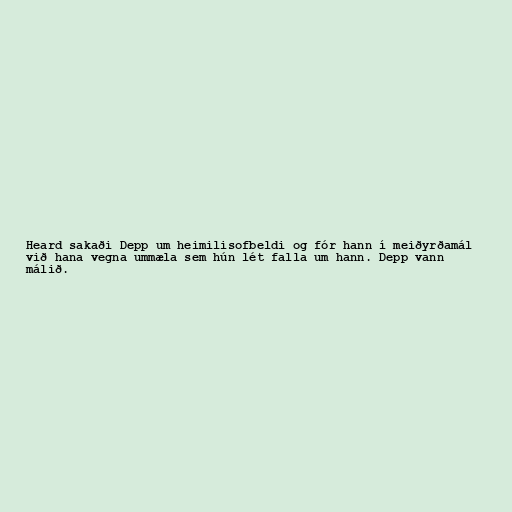
Heard sakaði Depp um heimilisofbeldi og fór hann í meiðyrðamál
við hana vegna ummæla sem hún lét falla um hann. Depp vann
málið.